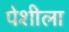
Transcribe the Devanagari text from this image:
पेशीला